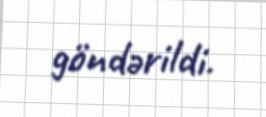
göndərildi.